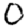
Digit: 0